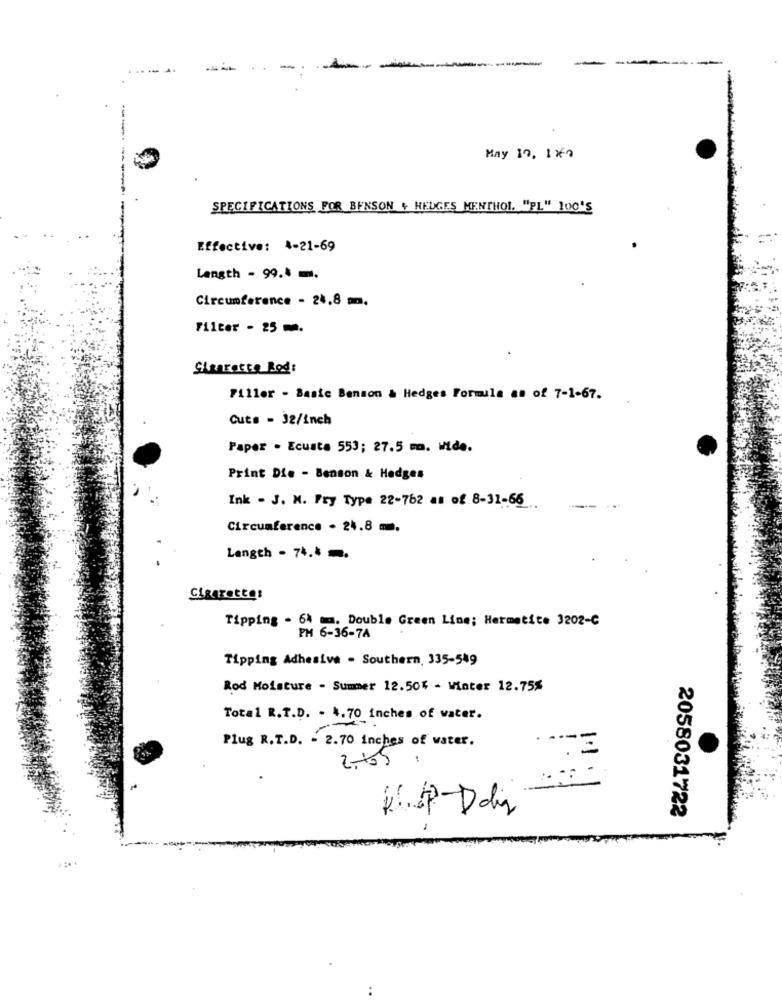
--
-
------
May 10, 1x2
SPECIFICATIONS FOR BENSON + HEDGES MENTHOL. "PL" 100'S
Effective: 4-21-69
Length - 99.4 m.
Circumference - 24,8 m.
Filter - 25 .
Sigarette Rod:
7111er - Basic Benson & Hedges Formule as of 7-1-67.
Cuts - 32/inch
Paper . Ecusta 553; 27.5 m. vide.
Print Die - Benson & Hedges
Ink - J. M. Fry Type 22-762 as of 8-31-66
Circumference . 24.8 mm.
Length - 74.4 .
Cigarettes
Tipping - 64 mm. Double Green Line; Hermetite 3202-C
PM 6-36-74
Tipping Adhesive . Southern, 335-549
Rod Moisture - Summer 12.504 - Winter 12.75%
Total R.T.D. - 4.70 inches of water.
Plug R.T.D. - 2.70 inches of water.
. . .
R.p-Dois
2058031722